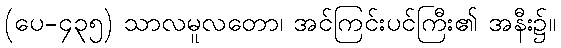
(ပေ-၄၃၅) သာလမူလတော၊ အင်ကြင်းပင်ကြီး၏ အနီး၌။